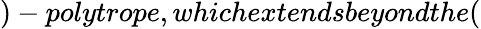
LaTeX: )-polytrope,whichextendsbeyondthe(